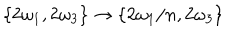
LaTeX: \{ 2 \omega _ { 1 } , 2 \omega _ { 3 } \} \to \{ 2 \omega _ { 1 } / n , 2 \omega _ { 3 } \}